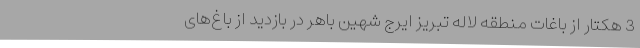
3 هکتار از باغات منطقه لاله تبریز ایرج شهین باهر در بازدید از باغ‌های